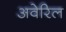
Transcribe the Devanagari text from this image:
अवेरिल